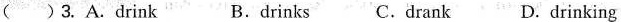
( ) 3. A.drink B.drinks C.drank D. drinking